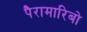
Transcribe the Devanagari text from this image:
पैरामारिबो